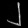
Digit: ၂